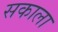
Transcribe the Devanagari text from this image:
सकाला